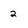
Character: 2